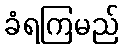
ခံရကြမည်